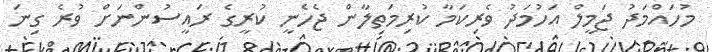
މުހައްމަދު ޖަމީލް އަހުމަދު ވެރިކަމާ ކުރިމަތިލާން ޖެހެނީ ކުރީގެ ރައީސުންނަށް ވުރެ ގިނަ